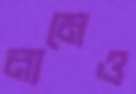
নামেও